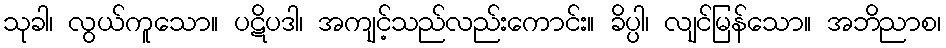
သုခါ၊ လွယ်ကူသော။ ပဋိပဒါ၊ အကျင့်သည်လည်းကောင်း။ ခိပ္ပါ၊ လျင်မြန်သော။ အဘိညာစ၊